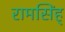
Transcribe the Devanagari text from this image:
रामसिंह्